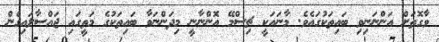
ވާގޮތަށް އަންނަނިވި ބައިތަކުގައެވެ. މާނައަކީ ޗިސްމޭ އޮންނާނީ މިދަންނަވާ ބައިތަކުގެ މަތީގައި ޖައްސާލައިގެން